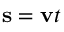
\mathbf { s } = \mathbf { v } t